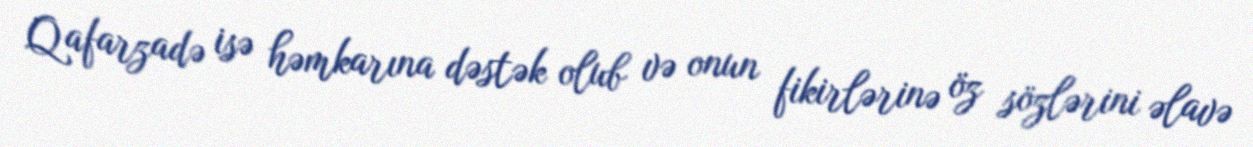
Qafarzadə isə həmkarına dəstək olub və onun fikirlərinə öz sözlərini əlavə